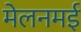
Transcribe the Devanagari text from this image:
मेलनमई